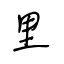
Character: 里